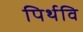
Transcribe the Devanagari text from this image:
पिर्थवि